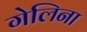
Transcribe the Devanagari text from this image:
गेलिना